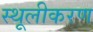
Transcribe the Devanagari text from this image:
स्थूलीकरण